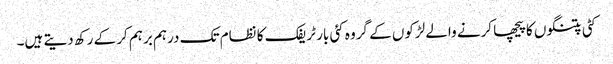
کٹی پتنگوں کا پیچھا کرنے والے لڑکوں کے گروہ کئی بار ٹریفک کا نظام تک درہم برہم کر کے رکھ دیتے ہیں۔